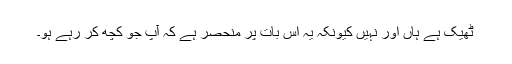
ٹھیک ہے ہاں اور نہیں کیونکہ یہ اس بات پر منحصر ہے کہ آپ جو کچھ کر رہے ہو۔